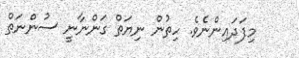
މިފަދައިންނެވެ. ހިތުން ނިޔަތް ގަންނާނީ ސުންނަތް